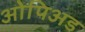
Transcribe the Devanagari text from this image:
ओपिअड